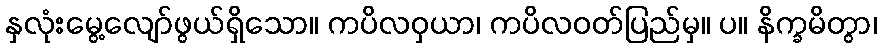
နှလုံးမွေ့လျော်ဖွယ်ရှိသော။ ကပိလဝှယာ၊ ကပိလဝတ်ပြည်မှ။ ပ။ နိက္ခမိတွာ၊